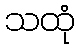
သထုံ